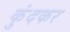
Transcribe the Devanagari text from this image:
कुंदकर